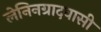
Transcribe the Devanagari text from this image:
लेनिनग्रादवासी